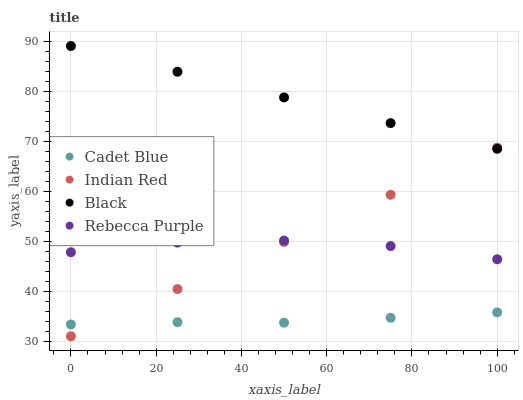
| xaxis_label | Cadet Blue | Indian Red | Black | Rebecca Purple |
 | --- | --- | --- | --- | --- |
 | 0 | 33.4 | 31 | 89 | 47.8 |
 | 25 | 33.8 | 40.4 | 83.9 | 49.7 |
 | 50 | 33.7 | 49.8 | 78.7 | 50.1 |
 | 75 | 34.7 | 59.3 | 73.6 | 49 |
 | 100 | 35.8 | 68.7 | 68.5 | 46.4 |